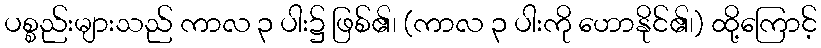
ပစ္စည်းများသည် ကာလ ၃ ပါး၌ ဖြစ်၏၊ (ကာလ ၃ ပါးကို ဟောနိုင်၏၊) ထို့ကြောင့်